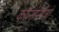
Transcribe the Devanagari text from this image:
कॉन्सेप्सीओं